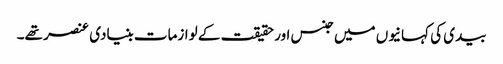
بیدی کی کہانیوں میں جنس اور حقیقت کے لوازمات بنیادی عنصر تھے۔